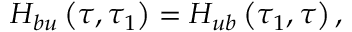
H _ { b u } \left( \tau , \tau _ { 1 } \right) = H _ { u b } \left( \tau _ { 1 } , \tau \right) ,